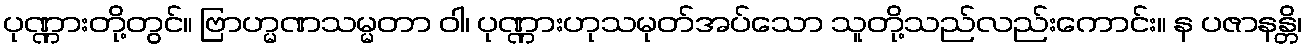
ပုဏ္ဏားတို့တွင်။ ဗြာဟ္မဏသမ္မတာ ဝါ၊ ပုဏ္ဏားဟုသမုတ်အပ်သော သူတို့သည်လည်းကောင်း။ န ပဇာနန္တိ၊